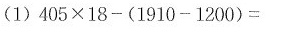
(1) $$ 405 × 18 - ( 1910 - 1200 ) = $$